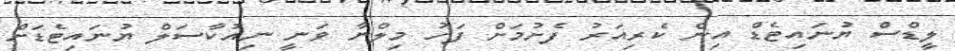
ލީޑްސް ޔުނައިޓެޑް އިން ކެރިއަރު ފެށުމަށް ފަހު މިލްނާ ވަނީ ނިއުކާސަލް ޔުނައިޓެޑަށް